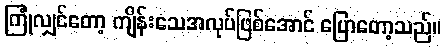
ကြုံလျှင်တော့ ကျိန်းသေအလုပ်ဖြစ်အောင် ပြောတော့သည်။